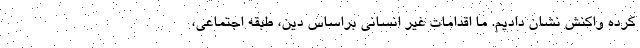
کرده واکنش نشان دادیم. ما اقدامات غیر انسانی براساس دین، طبقه اجتماعی،